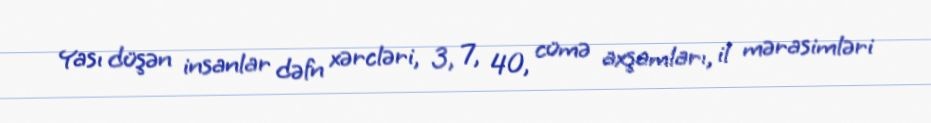
Yası düşən insanlar dəfn xərcləri, 3, 7, 40, cümə axşamları, il mərasimləri